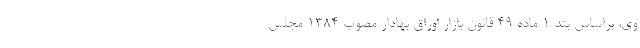
وی،‌ براساس بند 1 ماده 49 قانون بازار اوراق بهادار مصوب 1384 مجلس